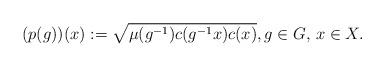
LaTeX: \begin{align*}(p(g))(x):=\sqrt{\mu(g^{-1})c(g^{-1}x)c(x)},g\in G, \,x\in X.\end{align*}